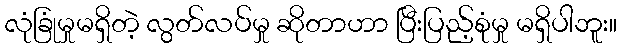
လုံခြုံမှုမရှိတဲ့ လွတ်လပ်မှု ဆိုတာဟာ ပြီးပြည့်စုံမှု မရှိပါဘူး။